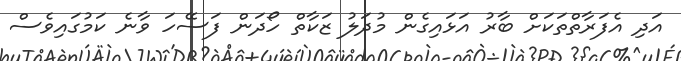
އަދި އެފަރާތްތަކަށް ބާރު އަޅައިގެން މުދަލު ޒަކާތް ހޯދަން ފަސޭހަ ވާނެ ކަމުގައިވެސް